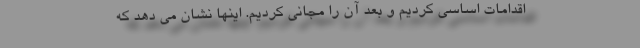
اقدامات اساسی کردیم و بعد آن را مجانی کردیم. اینها نشان می دهد که